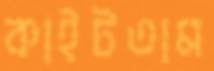
কাইটতাম